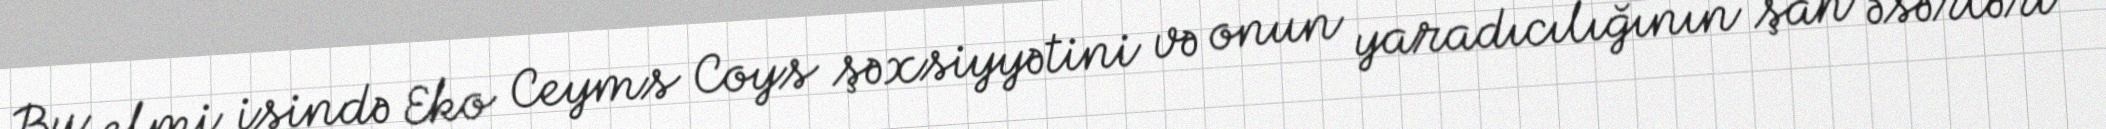
Bu elmi işində Eko Ceyms Coys şəxsiyyətini və onun yaradıcılığının şah əsərləri